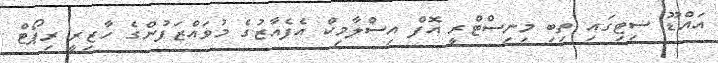
އައްޑޫ ސިޓިގައި ތިބި މިނިސްޓްރީ އޮފް އިސްލާމިކް އެފެއާޒުގެ މުވައްޒަފުންގެ ހާޒިރީ ރިޕޯޓް